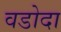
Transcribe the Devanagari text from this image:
वडोदा